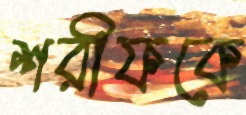
শরীফকে